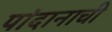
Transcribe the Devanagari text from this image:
पांदानाची